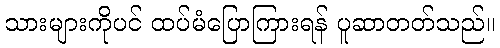
သားများကိုပင် ထပ်မံပြောကြားရန် ပူဆာတတ်သည်။